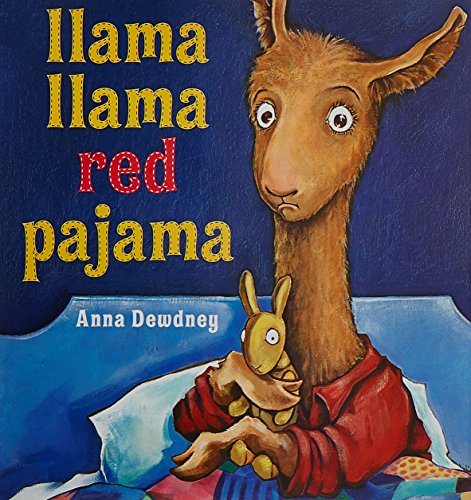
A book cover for Llama Llama Red Pajama; Anna Dewdney; Children's Books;